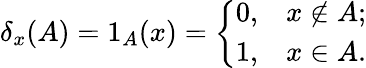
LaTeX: \delta_{x}(A)=1_{A}(x)={\left\{ \begin{array}{ll}{0,}&{x\not\in A;}\\ {1,}&{x\in A.}\end{array}\right.}